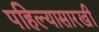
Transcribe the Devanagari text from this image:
पहिल्यासारखी